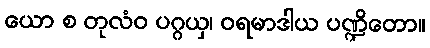
ယော စ တုလံဝ ပဂ္ဂယှ၊ ဝရမာဒါယ ပဏ္ဍိတော။